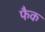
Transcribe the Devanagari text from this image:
फैक